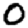
Digit: 0